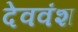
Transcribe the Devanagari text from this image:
देववंश